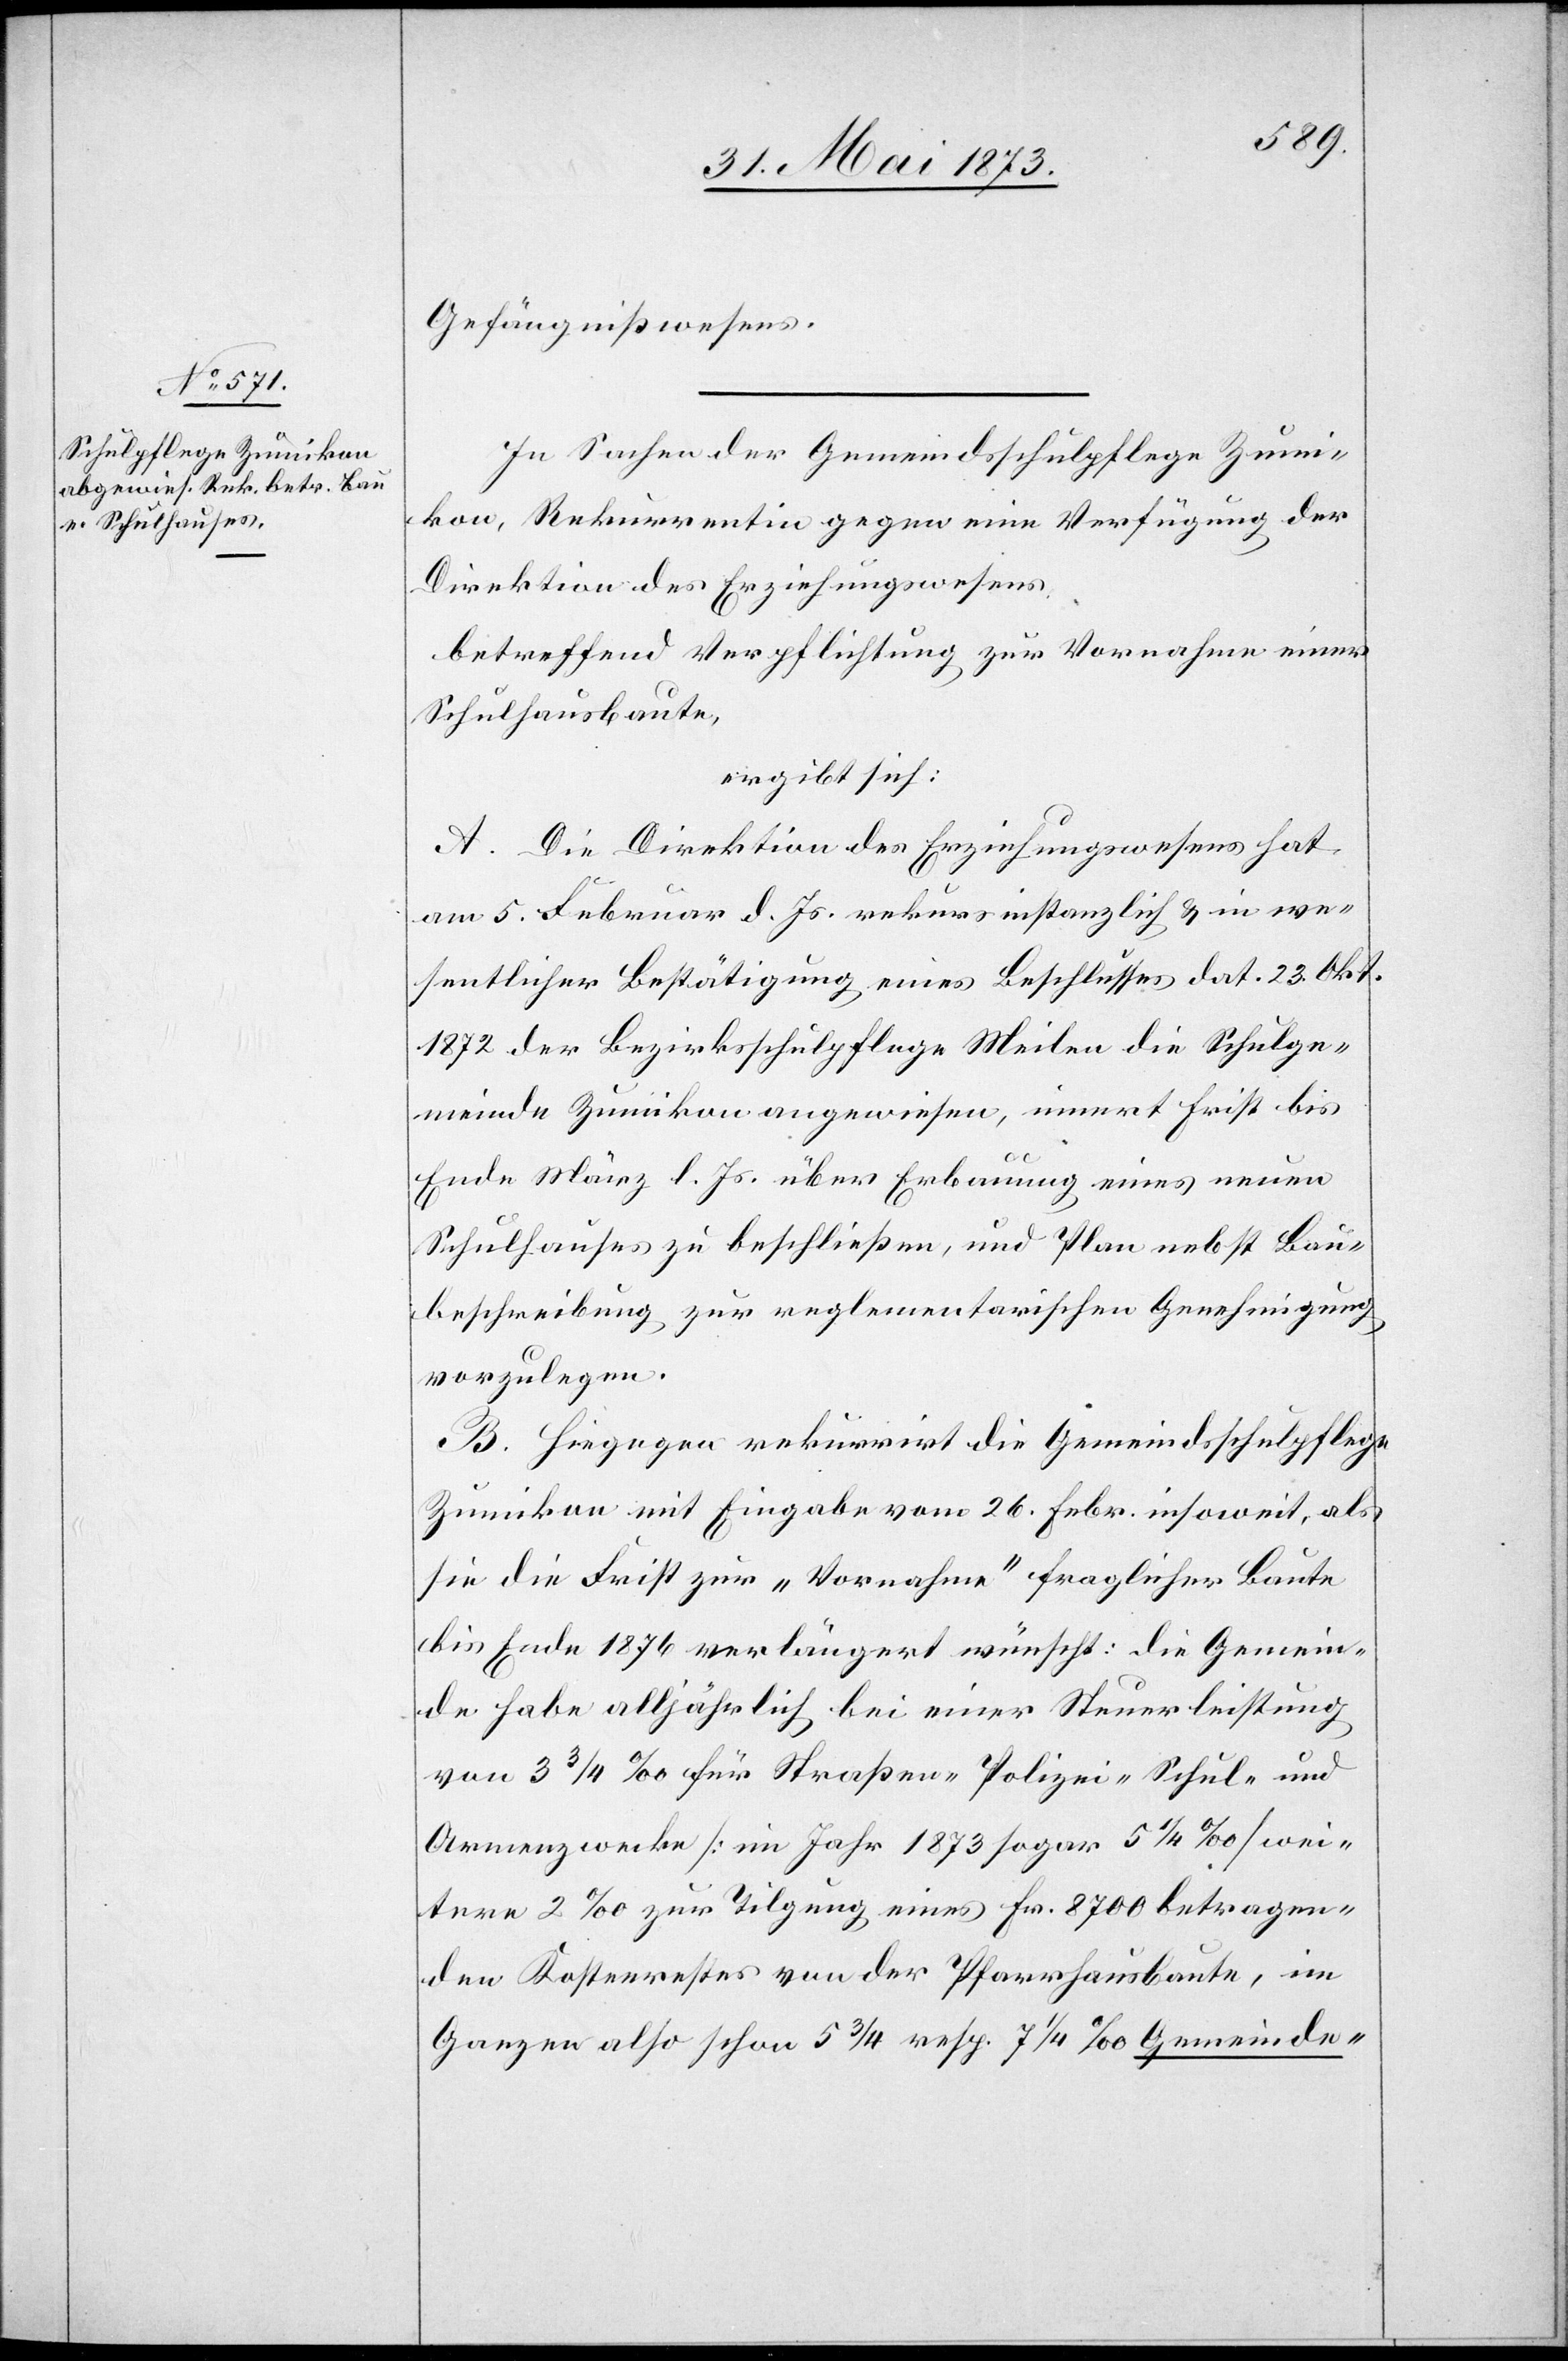
Gefängnißwesens.
In Sachen der Gemeindsschulpflege Zumi¬
kon, Rekurrentin gegen eine Verfügung der
Direktion des Erziehungswesens,
betreffend Verpflichtung zur Vornahme einer
Schulhausbaute,
ergibt sich:
A. Die Direktion des Erziehungswesens hat
am 5. Februar d. Js. rekursinstanzlich & in we¬
sentlicher Bestätigung eines Beschlusses dat. 23. Okt.
1872 der Bezirksschulpflege Meilen die Schulge¬
meinde Zumikon angewiesen, innert Frist bis
Ende März l. Js. über Erbauung eines neuen
Schulhauses zu beschließen, und Plan nebst Bau¬
beschreibung zur reglementarischen Genehmigung
vorzulegen.
B. Hingegen rekurrirt die Gemeindsschulpflege
Zumikon mit Eingabe vom 26. Febr. insoweit, als
sie die Frist zur „Vornahme“ fraglicher Baute
bis Ende 1876 verlängert wünscht: die Gemein¬
de habe alljährlich bei einer Steuerleistung
von 3 3/4‰ für Straßen- Polizei- Schul- und
Armenzwecke [im Jahr 1873 sogar 5 1/4‰] wei¬
tere 2‰ zur Tilgung eines Fr. 8 700 betragen¬
den Kostenrestes von der Pfarrhausbaute, im
Ganzen also schon 5 3/4 resp. 7 1/4‰ Gemeinde-